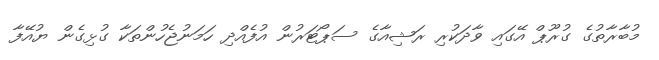
މުބާރާތުގެ ގުރޫޕް އޭގައި ވާދަކުރި ރަޝިއާގެ ސަޕޯޓަރުން އުފެއްދި ހަމަނުޖެހުންތަކާ ގުޅިގެން ޔުއޭފާ